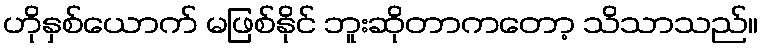
ဟိုနှစ်ယောက် မဖြစ်နိုင် ဘူးဆိုတာကတော့ သိသာသည်။